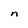
Character: n